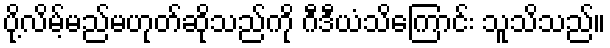
ပို့လိမ့်မည်မဟုတ်ဆိုသည်ကို ဂီဒီယံသိကြောင်း သူသိသည်။